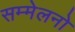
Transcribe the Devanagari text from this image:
सम्मेलनो